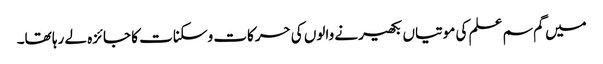
میں گم سم علم کی موتیاں بکھیرنے والوں کی حرکات وسکنات کا جائزہ لے رہا تھا۔